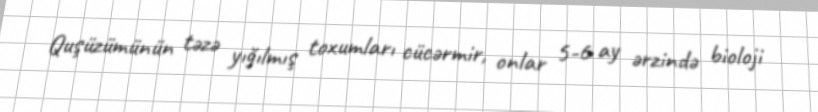
Quşüzümünün təzə yığılmış toxumları cücərmir, onlar 5-6 ay ərzində bioloji